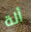
ألة